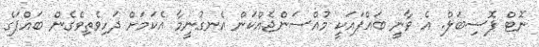
ނޮޓް ޕޮސިބަލް. އެ ވާނީ ބައްޕައަކީ މުއްސަންޖެއްކަން އެނގުނީމާ އެކަމަށް ދަހިވެތިވެގެން ބައްޕަގެ